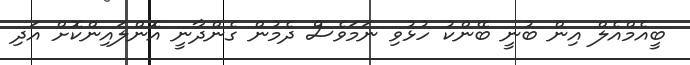
ބީއެމްއެލް އިން ބުނީ ބޭންކު ހުޅުވި ނަމަވެސް ދެމުން ގެންދާނީ އޮންލައިންކޮށް އަދި